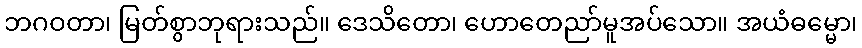
ဘဂဝတာ၊ မြတ်စွာဘုရားသည်။ ဒေသိတော၊ ဟောတေညာ်မူအပ်သော။ အယံဓမ္မော၊